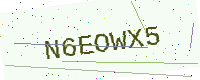
Text: N6EOWX5